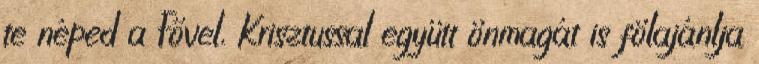
te néped a Fővel, Krisztussal együtt önmagát is fölajánlja